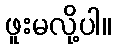
ဖူးမလို့ပါ။